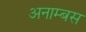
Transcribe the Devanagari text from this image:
अनाम्बस